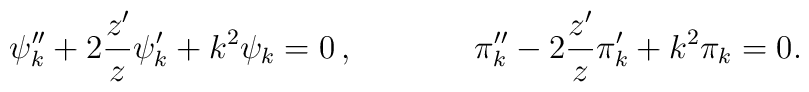
\psi_k''+2\frac{z'}{z} \psi_k'+k^2\psi_k = 0 \, , ~~~~~~~~~~~\pi_k''-2\frac{z'}{z} \pi'_k+k^2\pi_k = 0 .